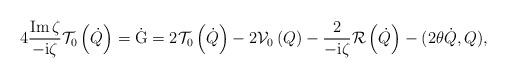
LaTeX: \begin{align*}4\frac{\operatorname{Im}\zeta}{-\mathrm{i}\zeta}\mathcal{T}_{0}\left( \dot{Q}\right) =\mathrm{\dot{G}}=2\mathcal{T}_{0}\left( \dot{Q}\right)-2\mathcal{V}_{0}\left( Q\right) -\frac{2}{-\mathrm{i}\zeta}\mathcal{R}\left( \dot{Q}\right) -(2\theta\dot{Q},Q), \end{align*}